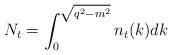
LaTeX: \begin{align*}N_t=\int_0^{\sqrt{q^2-m^2}}n_t(k) dk\end{align*}